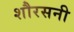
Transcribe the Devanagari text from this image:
शौरसनी